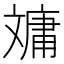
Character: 𣁠